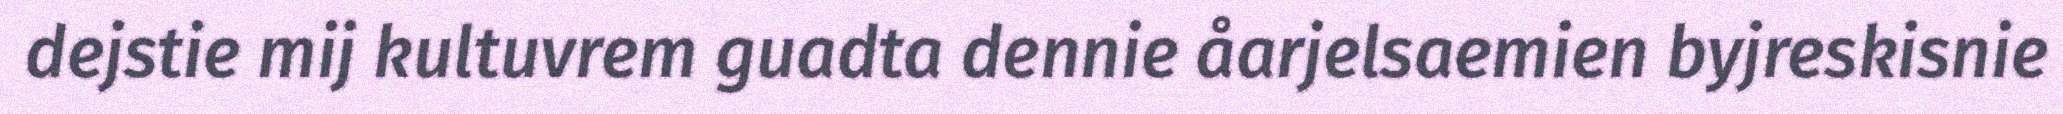
dejstie mij kultuvrem guadta dennie åarjelsaemien byjreskisnie